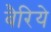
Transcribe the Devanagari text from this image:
बैरिये